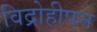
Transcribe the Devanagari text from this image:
विद्रोहीपन